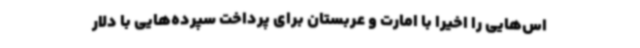
اس‌هایی را اخیراً با امارت و عربستان برای پرداخت سپرده‌هایی با دلار